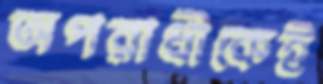
অপরাধীকেই